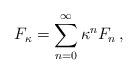
LaTeX: \begin{align*}\begin{aligned}F_\kappa = \sum_{n = 0}^\infty \kappa^n F_n \,,\end{aligned}\end{align*}